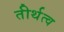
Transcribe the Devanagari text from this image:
तीर्थत्व